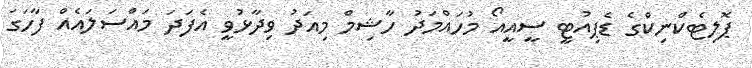
ޕޮލިޓެކްނިކްގެ ޑެޕިއުޓީ ސީއީއޯ މުހައްމަދު ހާޝިމް މިއަދު ވިދާޅުވީ އެފަދަ މައްސަލައެއް ފާހަގަ